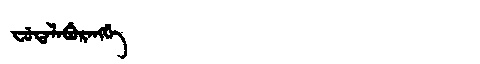
Manchu: ᠸᡠᡨᠠᠯᠠᠪᡠᡵᠠᠩᡤᡝ
Romanization: FUTALABURANGGE